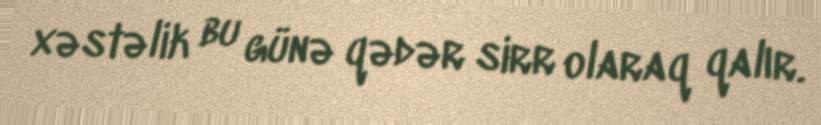
xəstəlik bu günə qədər sirr olaraq qalır.